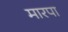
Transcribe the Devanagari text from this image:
मारपा